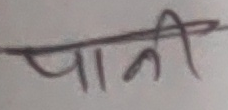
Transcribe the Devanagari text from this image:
पानी